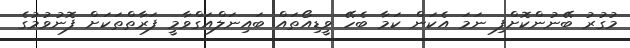
މުގުރު ބޭނުންކޮށްފި ނަމަ އެކަން ކަމާ ބެހޭ ވީޑިއޯތައް ބައިނަލްއަގްވާމީ ފަރާތްތަކަށް ފޮނުވުމުގެ